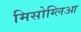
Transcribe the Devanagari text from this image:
मिसोग्लिआ